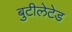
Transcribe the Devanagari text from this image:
बुटीलेटेड